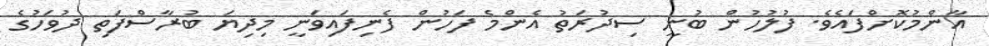
އާންމުކޮށްފައެވެ. ފުލުހުން ބުނީ ސިދުރަތު އެންމެ ފަހުން ފެނިފައިވަނީ މިދިޔަ ބުރާސްފަތި ދުވަހުގެ